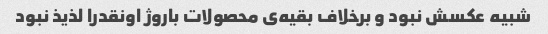
شبیه عکسش نبود و برخلاف بقیه‌ی محصولات باروژ اونقدرا لذیذ نبود